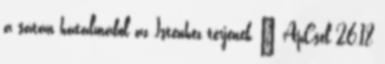
a sátán hatalmából az Istenhez térjenek ” ApCsel 26,18